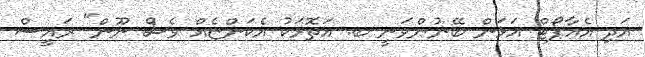
އަދި އެއާޕޯޓް އަޅަން ބޭނުންވަނީ ބ. އަތޮޅަކު އެކަންޏެއް ވެސް ނޫން" ރައީސް